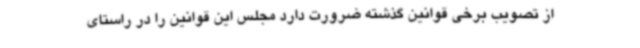
از تصویب برخی قوانین گذشته ضرورت دارد مجلس این قوانین را در راستای